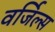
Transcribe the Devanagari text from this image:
वर्जिल्स